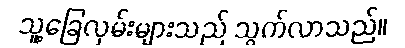
သူ့ခြေလှမ်းများသည် သွက်လာသည်။